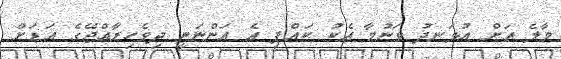
މާލެ އަށް އުޅަނދު ވަނުމާ އެކު ކައްޕި އެ އަންނަނީ ދިވެހިރާއްޖޭގެ އަޑަށް